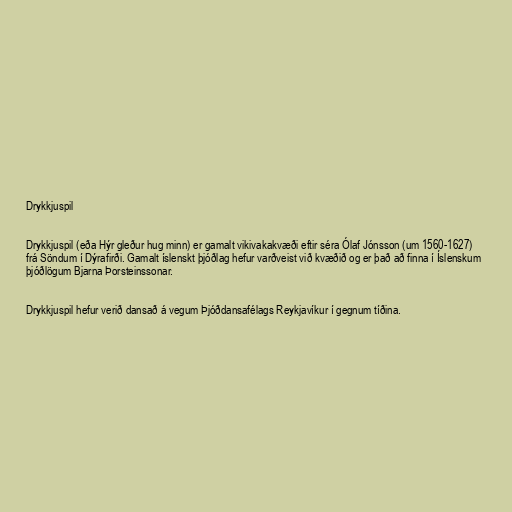
Drykkjuspil

Drykkjuspil (eða Hýr gleður hug minn) er gamalt vikivakakvæði eftir séra Ólaf Jónsson (um 1560-1627)
frá Söndum í Dýrafirði. Gamalt íslenskt þjóðlag hefur varðveist við kvæðið og er það að finna í Íslenskum
þjóðlögum Bjarna Þorsteinssonar.

Drykkjuspil hefur verið dansað á vegum Þjóðdansafélags Reykjavíkur í gegnum tíðina.